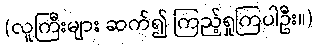
(လူကြီးများ ဆက်၍ ကြည့်ရှုကြပါဦး။)